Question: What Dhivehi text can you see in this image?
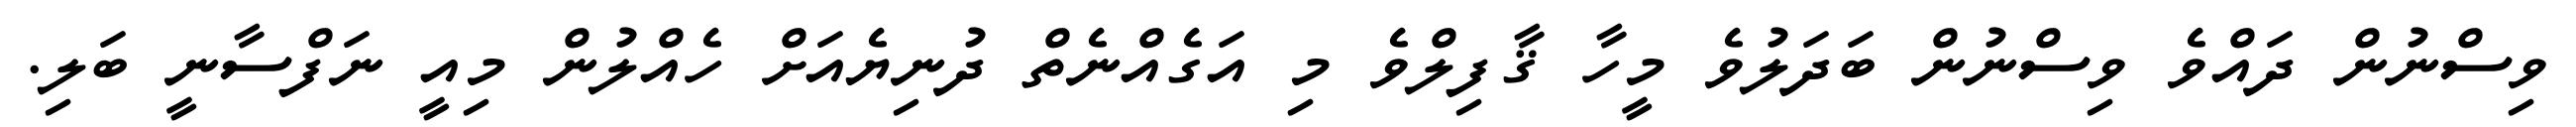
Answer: ވިސްނުން ދައްވެ ވިސްނުން ބަދަލުވެ މީހާ ޤާފިލްވެ މި އަގެއްނެތް ދުނިޔެއަށް ހެއްލުން މިއީ ނަފްސާނީ ބަލި.